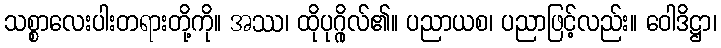
သစ္စာလေးပါးတရားတို့ကို။ အဿ၊ ထိုပုဂ္ဂိုလ်၏။ ပညာယစ၊ ပညာဖြင့်လည်း။ ဝေါဒိဋ္ဌာ၊